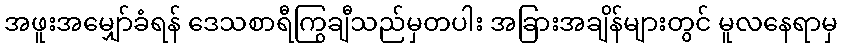
အဖူးအမျှော်ခံရန် ဒေသစာရီကြွချီသည်မှတပါး အခြားအချိန်များတွင် မူလနေရာမှ